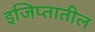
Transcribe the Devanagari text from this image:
इजिप्तातील